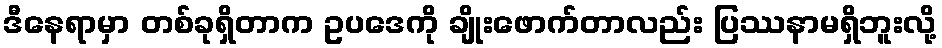
ဒီနေရာမှာ တစ်ခုရှိတာက ဥပဒေကို ချိုးဖောက်တာလည်း ပြဿနာမရှိဘူးလို့